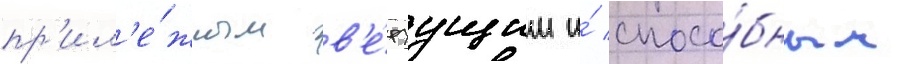
пр'ил'е́жным в'е́руущим и́ спосо́бным